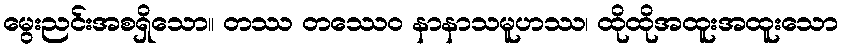
မွေးညင်းအစရှိသော။ တဿ တဿေဝ နာနာသမူဟဿ၊ ထိုထိုအထူးအထူးသော